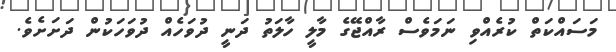
މަސައްކަތް ކުރެއްވި ނަމަވެސް ރާއްޖޭގެ މާލީ ހާލަތު ދަނީ ދުވަހެއް ދުވަހަކުން ދަށަށެވެ.